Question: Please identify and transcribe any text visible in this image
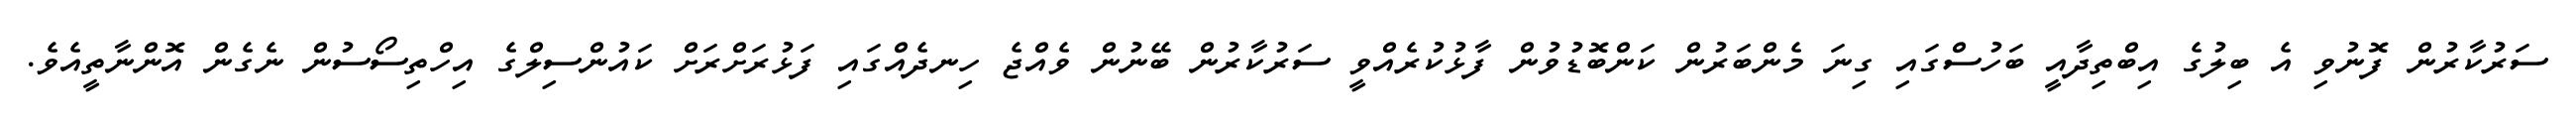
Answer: ސަރުކާރުން ފޮނުވި އެ ބިލުގެ އިބްތިދާއީ ބަހުސްގައި ގިނަ މެންބަރުން ކަންބޮޑުވުން ފާޅުކުރެއްވީ ސަރުކާރުން ބޭނުން ވެއްޖެ ހިނދެއްގައި ފަޅުރަށްރަށް ކައުންސިލްގެ އިހްތިސޯސުން ނެގެން އޮންނާތީއެވެ.